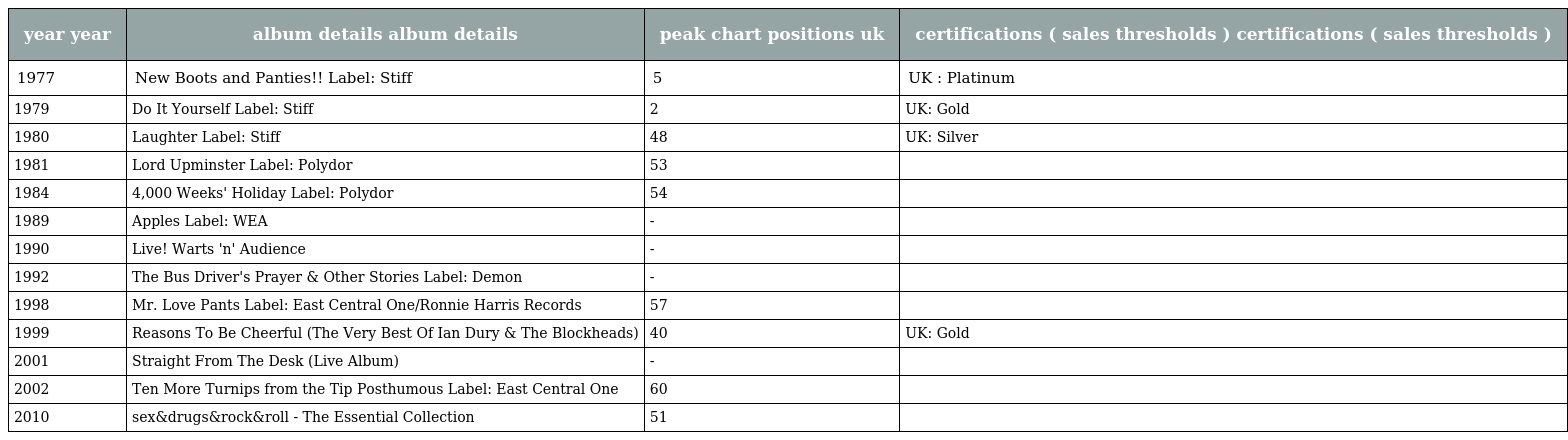
| year year | album details album details | peak chart positions uk | certifications ( sales thresholds ) certifications ( sales thresholds ) |
 | --- | --- | --- | --- |
 | 1977 | New Boots and Panties!! Label: Stiff | 5 | UK : Platinum |
 | 1979 | Do It Yourself Label: Stiff | 2 | UK: Gold |
 | 1980 | Laughter Label: Stiff | 48 | UK: Silver |
 | 1981 | Lord Upminster Label: Polydor | 53 |  |
 | 1984 | 4,000 Weeks' Holiday Label: Polydor | 54 |  |
 | 1989 | Apples Label: WEA | - |  |
 | 1990 | Live! Warts 'n' Audience | - |  |
 | 1992 | The Bus Driver's Prayer & Other Stories Label: Demon | - |  |
 | 1998 | Mr. Love Pants Label: East Central One/Ronnie Harris Records | 57 |  |
 | 1999 | Reasons To Be Cheerful (The Very Best Of Ian Dury & The Blockheads) | 40 | UK: Gold |
 | 2001 | Straight From The Desk (Live Album) | - |  |
 | 2002 | Ten More Turnips from the Tip Posthumous Label: East Central One | 60 |  |
 | 2010 | sex&drugs&rock&roll - The Essential Collection | 51 |  |